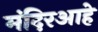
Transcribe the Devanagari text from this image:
मंदिरआहे